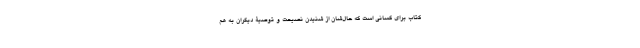
کتاب برای کسانی است که حال‌شان از شنیدن نصیحت و توصیۀ دیگران به هم